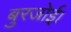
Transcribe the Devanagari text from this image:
बुरजोई।